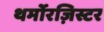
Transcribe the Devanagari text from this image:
थर्मोरज़िस्टर